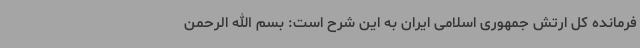
فرمانده کل ارتش جمهوری اسلامی ایران به این شرح است: بسم الله الرحمن